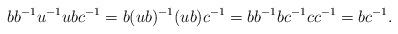
LaTeX: \begin{align*}bb^{-1}u^{-1}ubc^{-1} = b(ub)^{-1}(ub)c^{-1}= bb^{-1}bc^{-1}cc^{-1} = bc^{-1}.\end{align*}